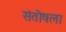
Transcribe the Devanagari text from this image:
संतोषला